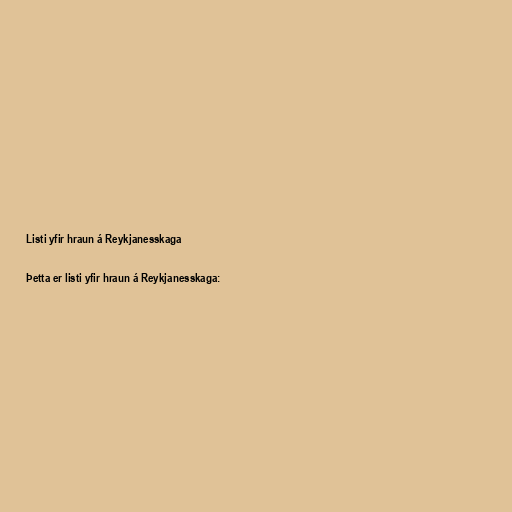
Listi yfir hraun á Reykjanesskaga

Þetta er listi yfir hraun á Reykjanesskaga: